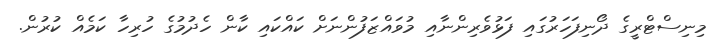
މިނިސްޓްރީގެ ދޯނިފަހަރުގައި ފަޅުވެރިންނާއި މުވައްޒަފުންނަށް ކައްކައި ކާން ހެދުމުގެ ހުރިހާ ކަމެއް ކުރުން.